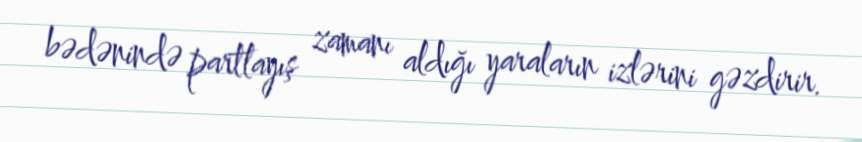
bədənində partlayış zamanı aldığı yaraların izlərini gəzdirir.